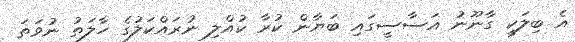
އެ ބިލަކީ ގާނޫނު އަސާސީގައި ބަޔާން ކުރާ ކުއްލި ނުރައްކަލުގެ ހާލަތު ނުވަތަ